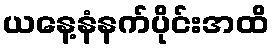
ယနေ့နံနက်ပိုင်းအထိ